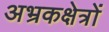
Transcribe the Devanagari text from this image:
अभ्रकक्षेत्रों